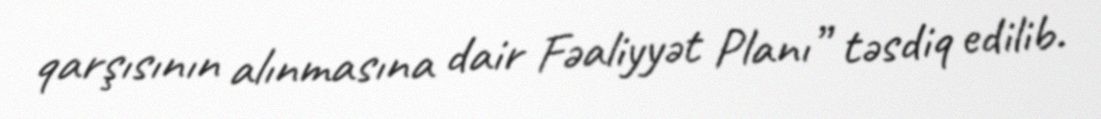
qarşısının alınmasına dair Fəaliyyət Planı” təsdiq edilib.